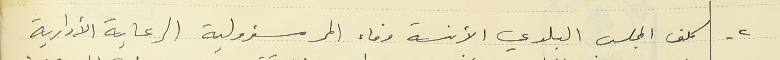
٢ - كلف المجلس البلدي الآنسة وفاء المر مسؤولية الرعاية الأدارية